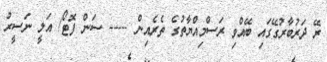
ރޭ ދަރުބާރުގޭގައި ބޭއްވި ރަސްމިއްޔާތުގެ ތެރެއިން ----- ސަން ފޮޓޯ/ އަލީ ނަސީރު